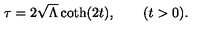
\tau = 2 \sqrt { \Lambda } \coth ( 2 t ) , \qquad ( \mathrm { } t > 0 \mathrm { } ) .